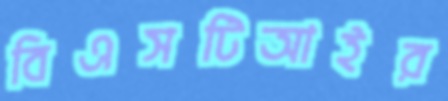
বিএসটিআইর